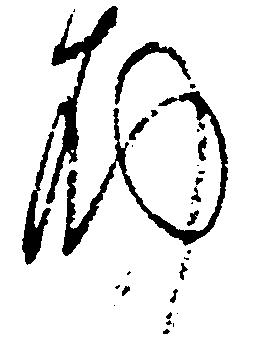
布